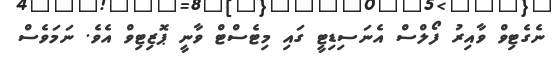
ނެގެޓިވް ވާއިރު ފޯލްސް އެނަސިޑިޓީ ގައި މިޓެސްޓް ވާނީ ޕޮޒިޓިވް އެވެ. ނަމަވެސް